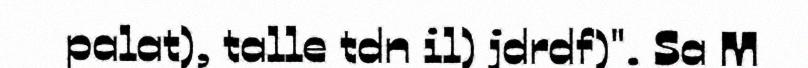
palat), talle tdn il) jdrdf)". Sa M